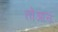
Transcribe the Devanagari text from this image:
तोआन